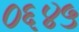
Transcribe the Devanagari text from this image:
०६४५